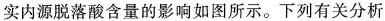
实内源脱落酸含量的影响如图所示。下列有关分析